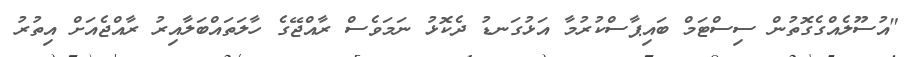
"އުސޫލެއްގެގޮތުން ސިސްޓަމް ބައިޕާސްކުރުމާ އަޅުގަނޑު ދެކޮޅު ނަމަވެސް ރާއްޖޭގެ ހާލަތައްބަލާއިރު ރާއްޖެއަށް އިތުރު